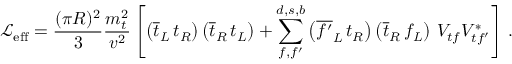
{ \mathcal { L } } _ { \mathrm { e f f } } = \frac { ( \pi R ) ^ { 2 } } { 3 } \frac { m _ { t } ^ { 2 } } { v ^ { 2 } } \left[ \left( \overline { { { t } } } _ { L } \, t _ { R } \right) \left( \overline { { { t } } } _ { R } \, t _ { L } \right) + \sum _ { f , f ^ { \prime } } ^ { d , s , b } \left( \overline { { { f ^ { \prime } } } } _ { L } \, t _ { R } \right) \left( \overline { { { t } } } _ { R } \, f _ { L } \right) \, V _ { t f } V _ { t f ^ { \prime } } ^ { * } \right] \, .